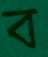
ব